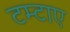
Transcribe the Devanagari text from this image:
टम्टाए